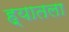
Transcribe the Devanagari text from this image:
ह्यातला